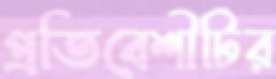
প্রতিবেশীটির